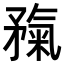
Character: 𥎃